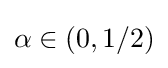
\alpha \in (0,1/2)